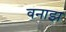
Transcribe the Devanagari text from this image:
वनाझ